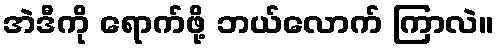
အဲဒီကို ရောက်ဖို့ ဘယ်လောက် ကြာလဲ။